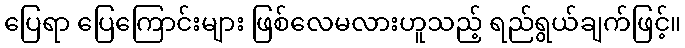
ပြေရာ ပြေကြောင်းများ ဖြစ်လေမလားဟူသည့် ရည်ရွယ်ချက်ဖြင့်။